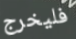
فليخرج